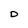
Character: D